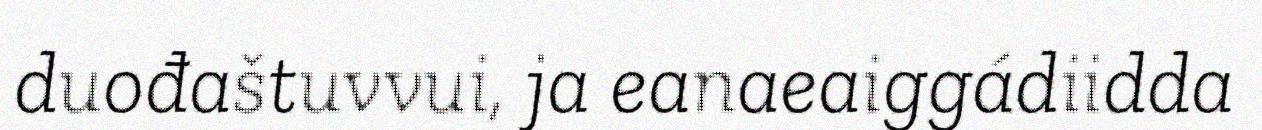
duođaštuvvui, ja eanaeaiggádiidda